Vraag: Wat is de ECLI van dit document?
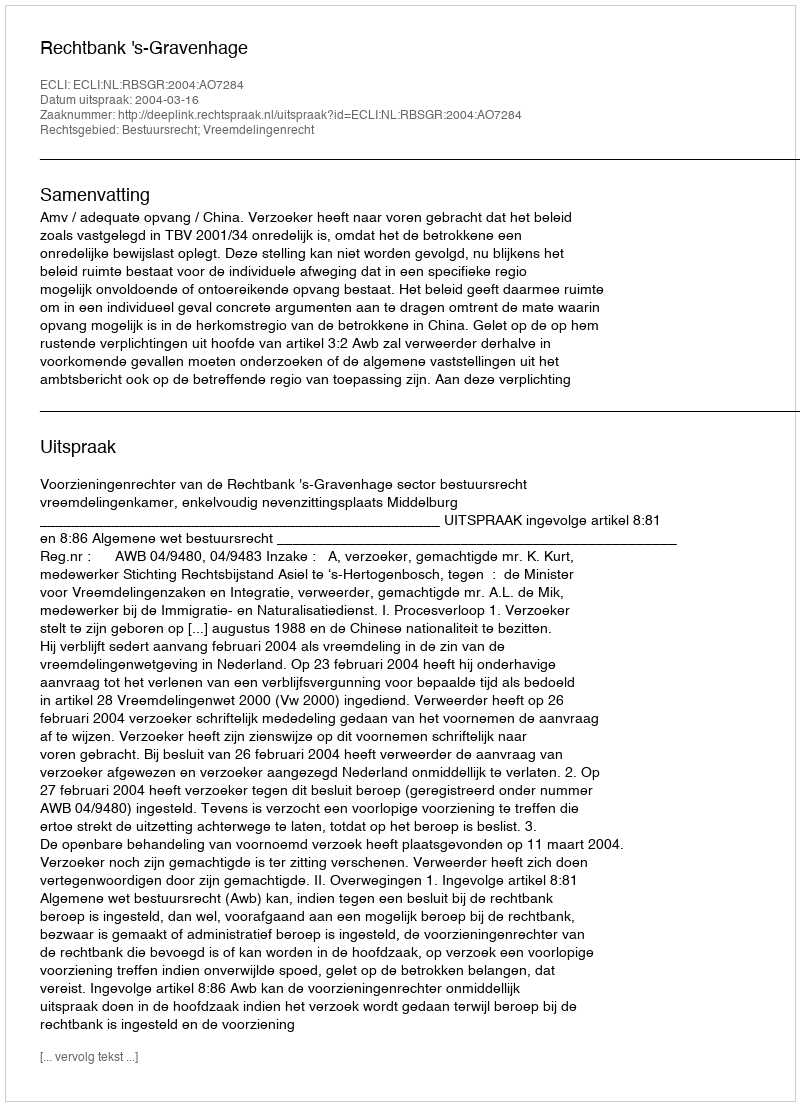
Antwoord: ECLI:NL:RBSGR:2004:AO7284